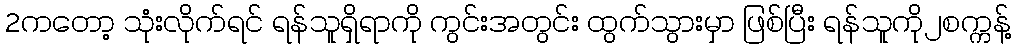
2ကတော့ သုံးလိုက်ရင် ရန်သူရှိရာကို ကွင်းအတွင်း ထွက်သွားမှာ ဖြစ်ပြီး ရန်သူကို၂စက္ကန့်